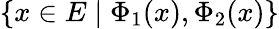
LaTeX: \{ x\in E\mid\Phi_{1}(x),\Phi_{2}(x)\}